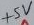
Text: +5V